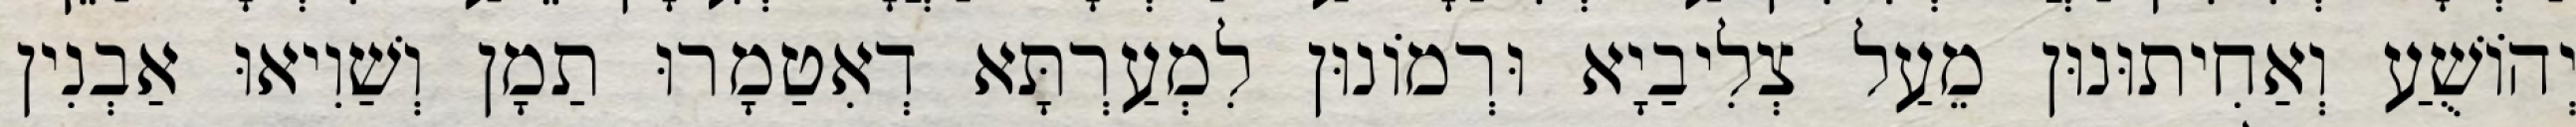
יְהוֹשֻׁעַ וְאַחִיתוּנוּן מֵעַל צְלִיבַיָא וּרְמוֹנוּן לִמְעַרְתָּא דְאִטַמָרוּ תַמָן וְשַׁוִיאוּ אַבְנִין